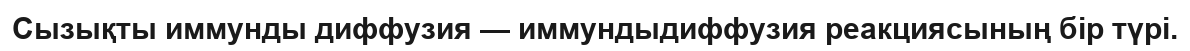
Сызықты иммунды диффузия — иммундыдиффузия реакциясының бір түрі.